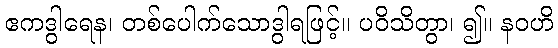
ဧကဒွါရေန၊ တစ်ပေါက်သောဒွါရဖြင့်။ ပဝိသိတွာ၊ ၍။ နဝဟိ